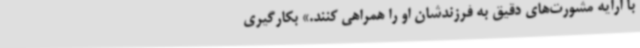
با ارایه مشورت‌های دقیق به فرزندشان او را همراهی کنند.» بکارگیری